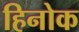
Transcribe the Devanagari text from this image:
हिनोक